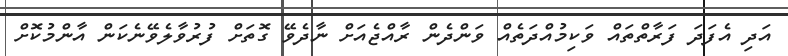
އަދި އެފަދަ ފަރާތްތައް ވަކިމުއްދަތެއް ވަންދެން ރާއްޖެއަށް ނާދެވޭ ގޮތަށް ފުރުވާލެވޭނެކަން އާންމުކޮށް